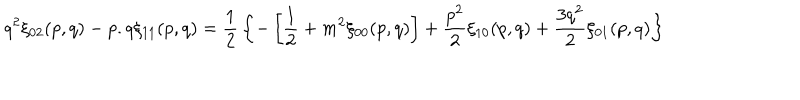
q ^ { 2 } \xi _ { 0 2 } ( p , q ) - p . q \xi _ { 1 1 } ( p , q ) = { \frac { 1 } { 2 } } \left\{ - \left[ { \frac { 1 } { 2 } } + m ^ { 2 } \xi _ { 0 0 } ( p , q ) \right] + { \frac { p ^ { 2 } } { 2 } } \xi _ { 1 0 } ( p , q ) + { \frac { 3 q ^ { 2 } } { 2 } } \xi _ { 0 1 } ( p , q ) \right\}